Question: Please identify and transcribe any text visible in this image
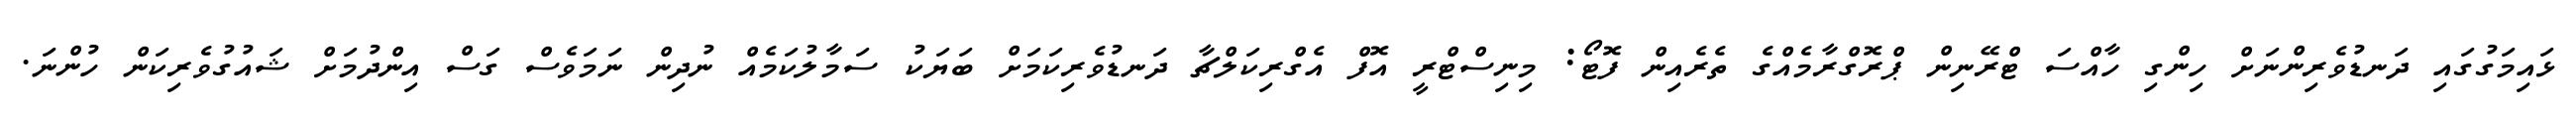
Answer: ޅައިމަގުގައި ދަނޑުވެރިންނަށް ހިންގި ހާއްސަ ޓްރޭނިން ޕްރޮގްރާމެއްގެ ތެރެއިން ފޮޓޯ: މިނިސްޓްރީ އޮފް އެގްރިކަލްޗާ ދަނޑުވެރިކަމަށް ބަޔަކު ސަމާލުކަމެއް ނުދިން ނަމަވެސް ގަސް އިންދުމަށް ޝައުގުވެރިކަން ހުންނަ.